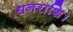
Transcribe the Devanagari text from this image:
धनराशि।